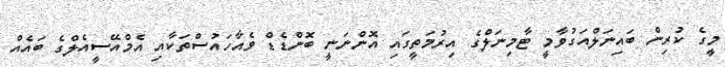
މީގެ ކުރިން ބައިނަލްއަގުވާމީ ޓާމިނަލްގެ އިރުމަތީގައި އޮންނަނީ ބޮންޑެޑް ވެއާހައުސްތަކާއި އެމްއޭސީއެލްގެ ބައެއް